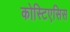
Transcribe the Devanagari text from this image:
कोस्टिएसिस